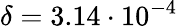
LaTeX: \delta=3.14\cdot 10^{-4}